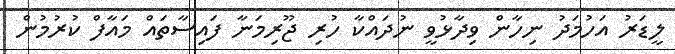
ލީޑަރު އަހުމަދު ނިހާން ވިދާޅުވީ ނުދައްކާ ހުރި ޖޫރިމަނާ ފައިސާތައް މައާފް ކުރުމުން